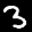
Label: 3